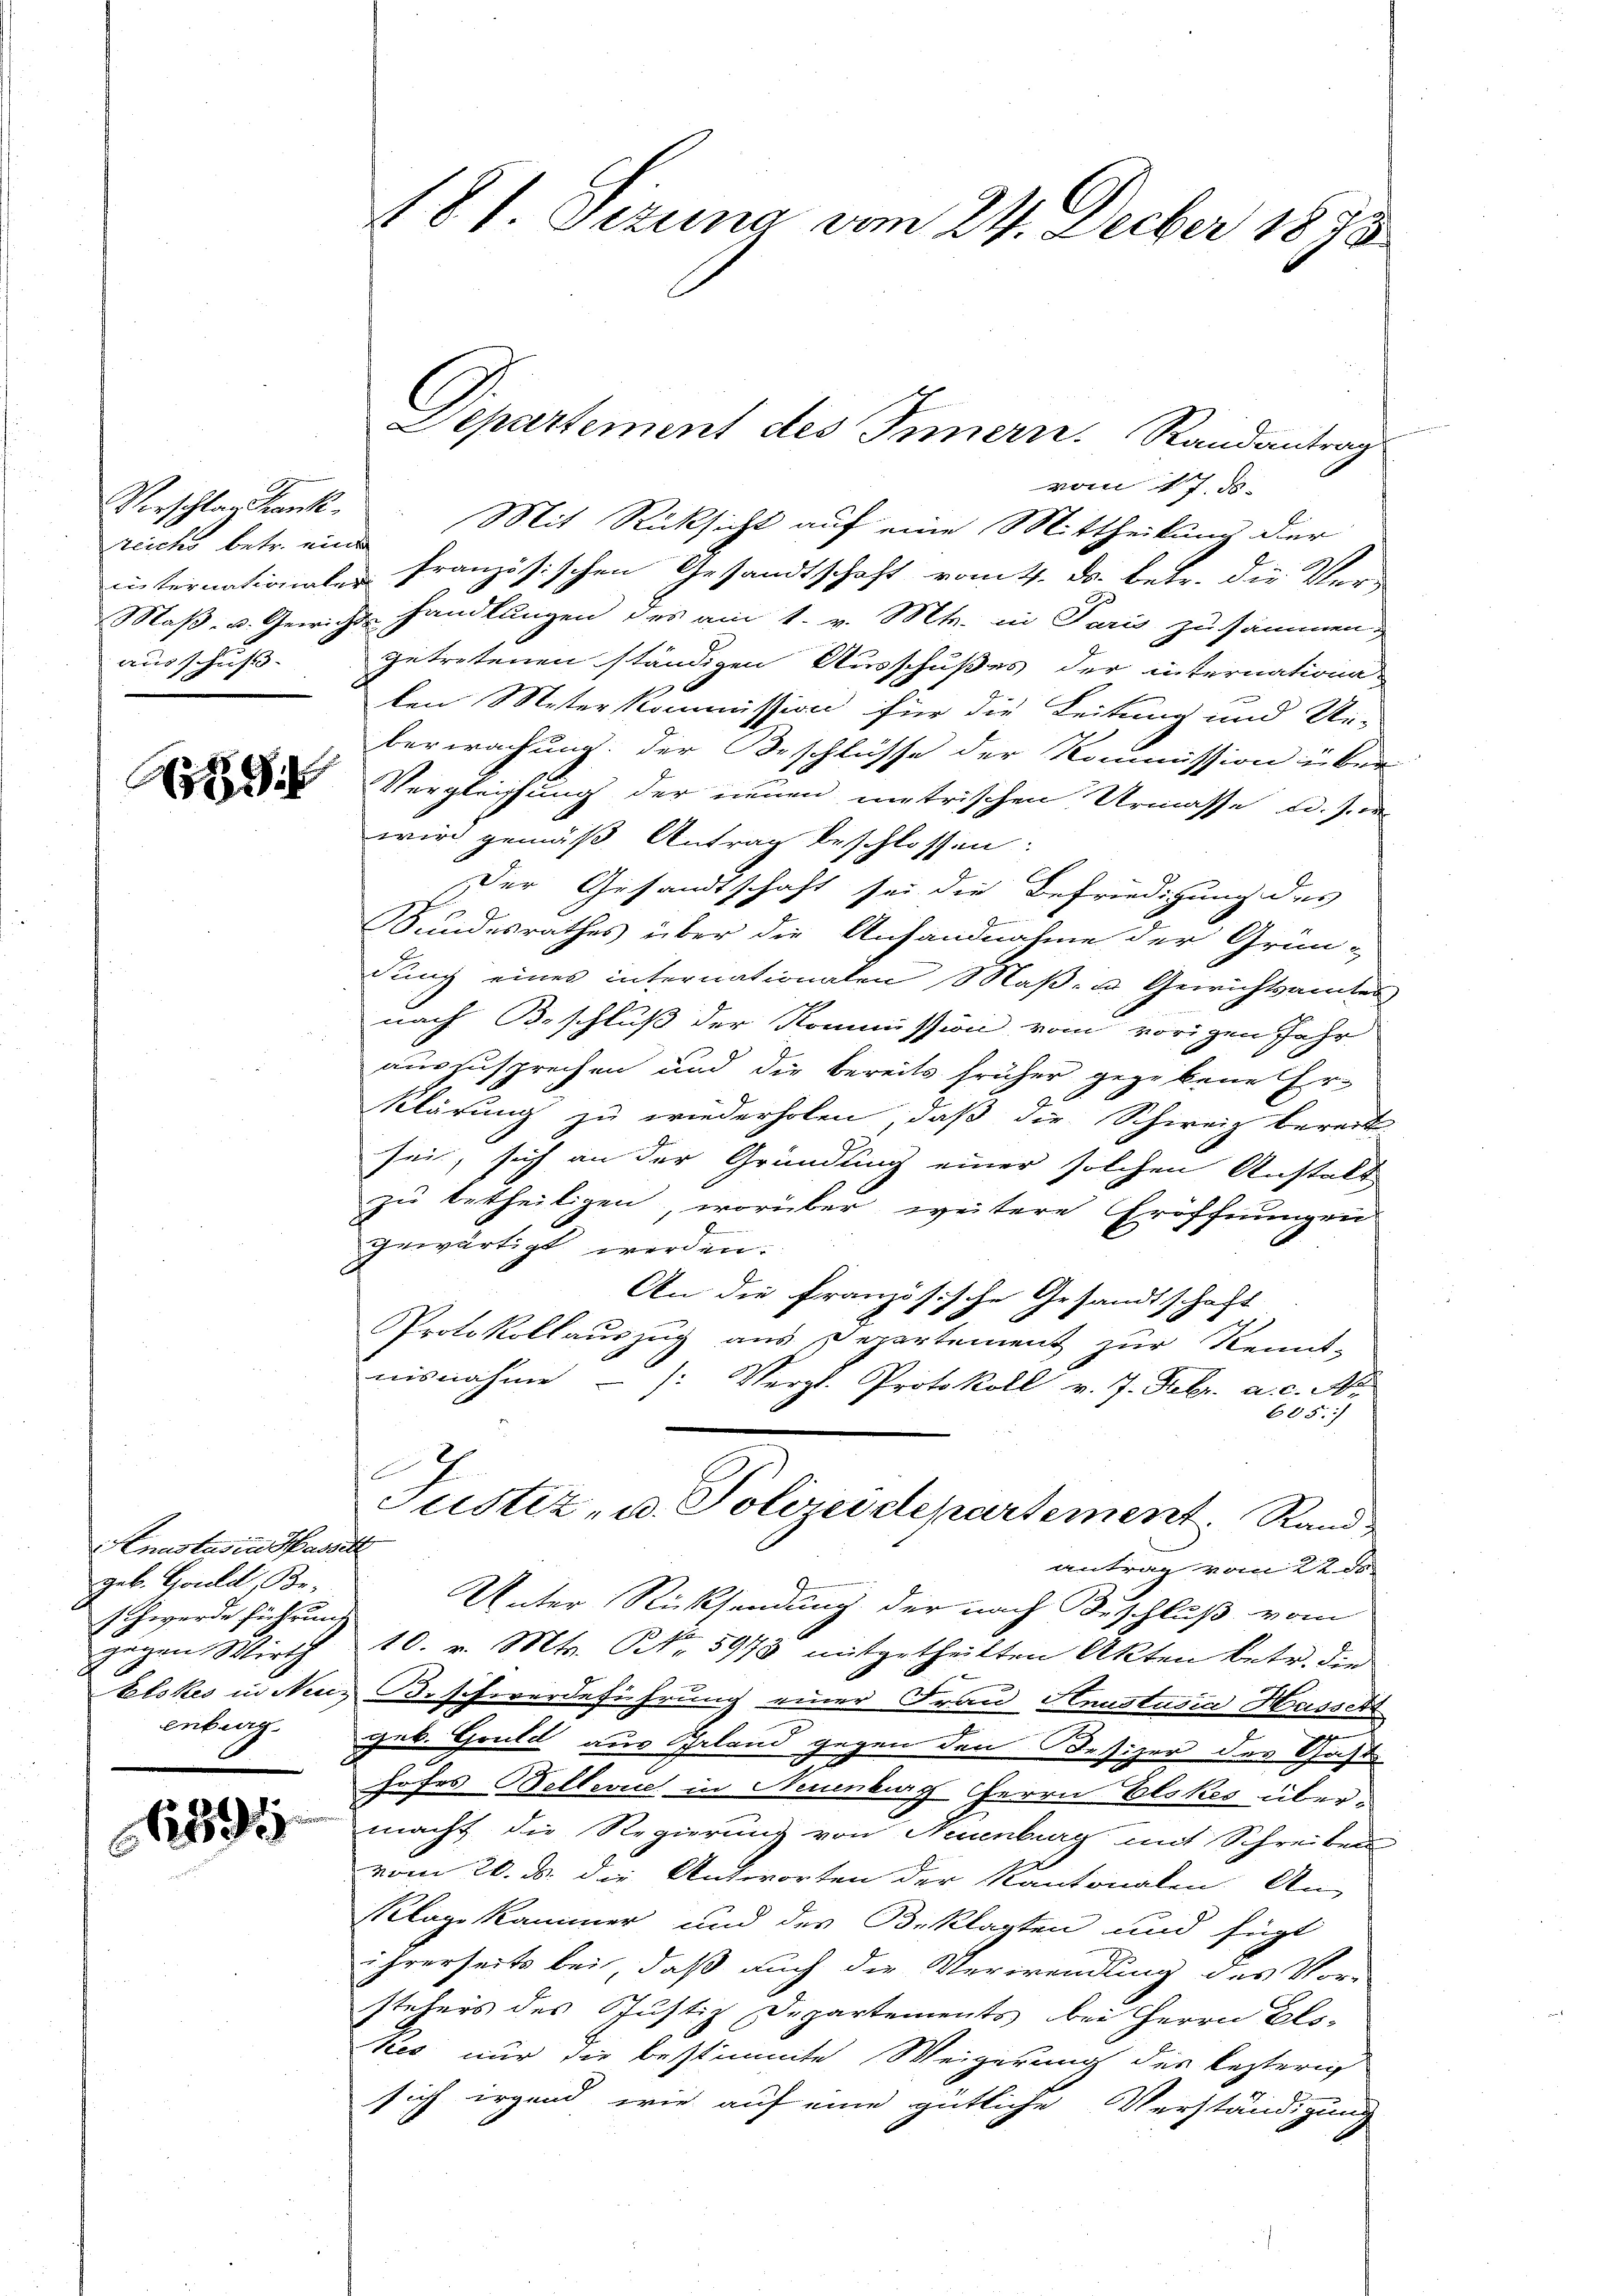
Verschlag Krank
zuteinationaler
ausschuß.

Ar

Anastas in andelt
geb. Gouli, Be-
Schwerde führung
gegen Wirth
enburg

N 295

181. Sizung vom 24. Decber 1898

Departement des Innern. Randantrag

vom 17. d.
Treichs betr. Mit Rücksicht auf eine Mittheilung der
französischen Gesandtschaft vom 4. ds. betr. die Ver-
Maß- u. Gewicht handlungen des am 1. v. Mts. in Paris zusammen,
getretenen ständigen Ausschußes der internationa
len Meterkommission für die Leitung und Un-
berwachung. Der Beschlüsse der Kommission über
Vergleichung der neuen metrischen Urmasse u. sie
wird gemäß Antrag beschlossen:
Der Gesandtschaft sei die Befriedigung des
Sundesrathes über die Anfandnahme der Grün-
dung eines internationalen Maβ- u Gewichtsamtes
nach Beschluß der Kommission vom vorigen Jahr
auszusprechen und die bereits früher gegebene Er¬
Klärung zu wiederholen, daß die Schweiz bereit
sei, sich an der Gründung einer solchen Anstalt
zu betheiligen, worüber weitere Eröffnungen
gewärtigt werden.
An die französische Gesandtschaft
Protokollauszug aus Departement zur Kennt-
nisnahme  /: Vergl. Protokoll v. 7. Febr. a. c. A
605.

Justiz- u. Polizeidepartement. Rand
antrag vom 22. ds.
Unter Rücksendung der nach Beschluß vom
10. v. Mts. NNo. 5978 mitgetheilten Akten betr. die
Elskes in Neus Beschwerdeführung einer Frau Heustasia Hasser
geb. Gould aus Erland gegen den Desizer des Gaste
I
hofes Bellevuel in Neuenburg Herrn Elskes übermacht die Regierung von Neuenburg mit Schreiben
vom 20. ds. die Antworten der Kantonalen. An-
Klage kammer und des Beklagten und fügt
ihrerseits bei, daß auch die Verwendung des Vor-
stehers des Justiz Departements bei Herrn Calskes nur die bestimmte Weigerung des lezterig
sich irgend wie auf eine gütliche Verständigung